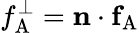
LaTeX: f_{\mathrm{A}}^{\perp}=\mathbf{n}\cdot\mathbf{f}_{\mathrm{A}}